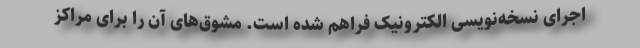
اجرای نسخه‌نویسی الکترونیک فراهم شده است. مشوق‌های آن را برای مراکز